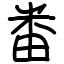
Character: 畨